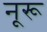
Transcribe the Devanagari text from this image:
नूरू